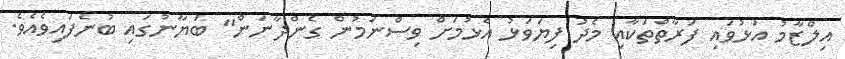
އިލްޒާމު އަޅުވައި ފަރާތްތަކާއި މެދު ފިޔަވަޅު އެޅުމަށް ވިސްނަމުން ގެންދާނަން" ބަޔާނުގައި ބުނެފައިވެއެވެ.